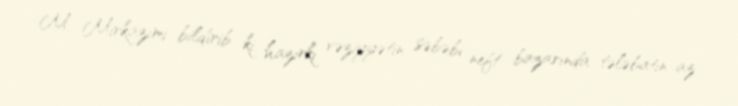
M. Mirkazımi bildirib ki, hazırkı vəziyyətin səbəbi neft bazarında tələbatın az